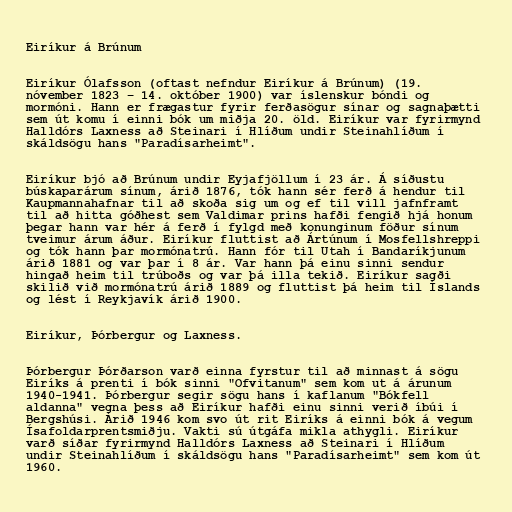
Eiríkur á Brúnum

Eiríkur Ólafsson (oftast nefndur Eiríkur á Brúnum) (19.
nóvember 1823 – 14. október 1900) var íslenskur bóndi og
mormóni. Hann er frægastur fyrir ferðasögur sínar og sagnaþætti
sem út komu í einni bók um miðja 20. öld. Eiríkur var fyrirmynd
Halldórs Laxness að Steinari í Hlíðum undir Steinahlíðum í
skáldsögu hans "Paradísarheimt".

Eiríkur bjó að Brúnum undir Eyjafjöllum í 23 ár. Á síðustu
búskaparárum sínum, árið 1876, tók hann sér ferð á hendur til
Kaupmannahafnar til að skoða sig um og ef til vill jafnframt
til að hitta góðhest sem Valdimar prins hafði fengið hjá honum
þegar hann var hér á ferð í fylgd með konunginum föður sínum
tveimur árum áður. Eiríkur fluttist að Ártúnum í Mosfellshreppi
og tók hann þar mormónatrú. Hann fór til Utah í Bandaríkjunum
árið 1881 og var þar í 8 ár. Var hann þá einu sinni sendur
hingað heim til trúboðs og var þá illa tekið. Eiríkur sagði
skilið við mormónatrú árið 1889 og fluttist þá heim til Íslands
og lést í Reykjavík árið 1900.

Eiríkur, Þórbergur og Laxness.

Þórbergur Þórðarson varð einna fyrstur til að minnast á sögu
Eiríks á prenti í bók sinni "Ofvitanum" sem kom ut á árunum
1940-1941. Þórbergur segir sögu hans í kaflanum "Bókfell
aldanna" vegna þess að Eiríkur hafði einu sinni verið íbúi í
Bergshúsi. Árið 1946 kom svo út rit Eiríks á einni bók á vegum
Ísafoldarprentsmiðju. Vakti sú útgáfa mikla athygli. Eiríkur
varð síðar fyrirmynd Halldórs Laxness að Steinari í Hlíðum
undir Steinahlíðum í skáldsögu hans "Paradísarheimt" sem kom út
1960.